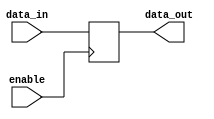
module io_compensated_bidirectional_buffer(
    input wire enable,
    input wire data_in,
    output wire data_out
);

reg data_reg;

always @(posedge enable)
begin
    if (enable == 1'b1) begin
        data_reg <= data_in;
    end
end

assign data_out = data_reg;

endmodule